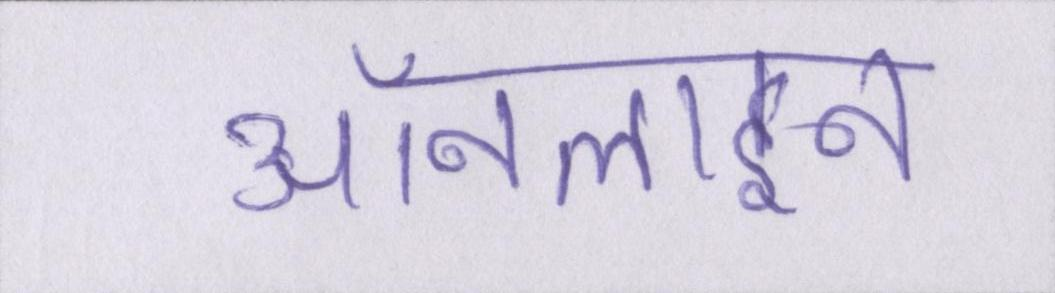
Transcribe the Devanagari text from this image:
ऑनलाइन